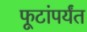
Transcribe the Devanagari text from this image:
फूटांपर्यंत